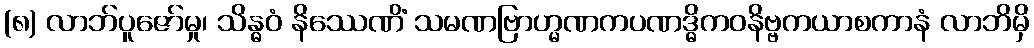
(၈) လာဘ်ပူဇော်မှု၊ သိန္ဓဝံ နိဿေဏိံ သမဏဗြာဟ္မဏကပဏဒ္ဓိကဝနိဗ္ဗကယာစကာနံ လာဘိမှိ